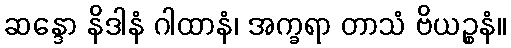
ဆန္ဒော နိဒါနံ ဂါထာနံ၊ အက္ခရာ တာသံ ဗိယဉ္စနံ။